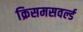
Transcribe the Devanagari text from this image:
क्रिसमसवर्ल्ड